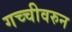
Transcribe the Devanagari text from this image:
गच्चीवरुन